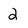
Character: 2